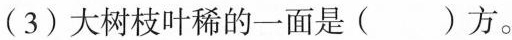
(3) 大树枝叶稀的一面是( )方。